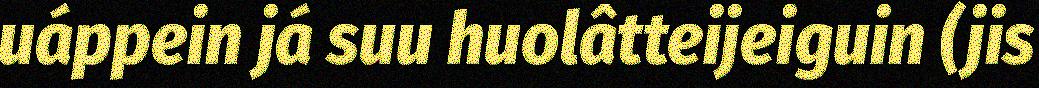
uáppein já suu huolâtteijeiguin (jis